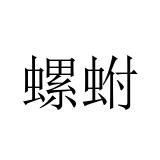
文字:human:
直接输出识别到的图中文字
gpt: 螺蚹